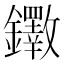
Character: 𫓡